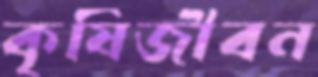
কৃষিজীবন